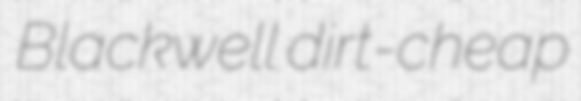
Blackwell dirt-cheap